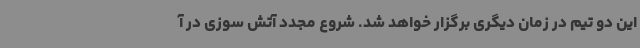
این دو تیم در زمان دیگری برگزار خواهد شد. شروع مجدد آتش سوزی در آ